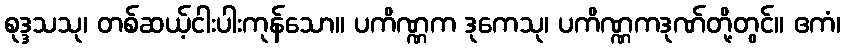
စုဒ္ဒသသု၊ တစ်ဆယ့်ငါးပါးကုန်သော။ ပကိဏ္ဏက ဒုကေသု၊ ပကိဏ္ဏကဒုဏ်တို့တွင်။ ဧကံ၊